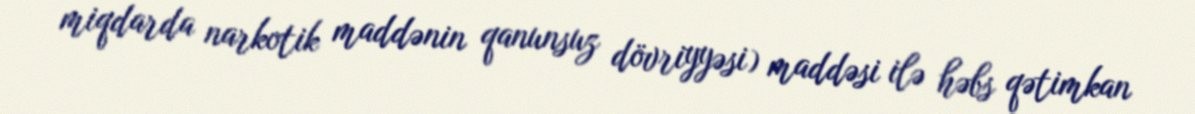
miqdarda narkotik maddənin qanunsuz dövriyyəsi) maddəsi ilə həbs qətimkan